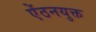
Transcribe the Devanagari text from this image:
ऐंठनयुक्त